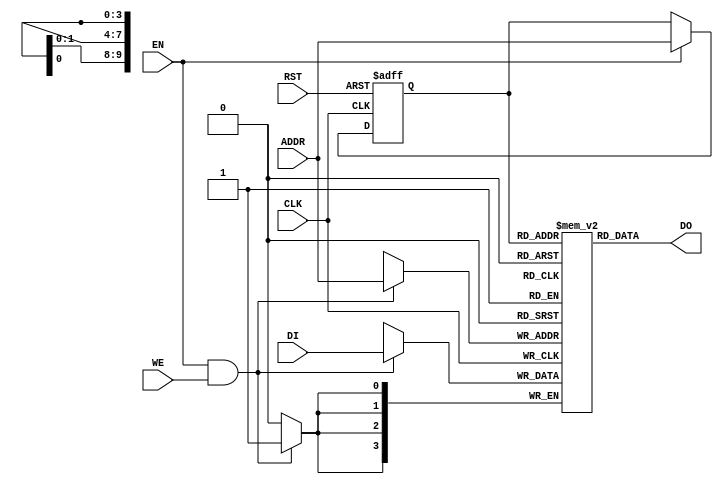
module RAMB4_S4 (
    CLK,
    RST,
    ADDR,
    DI,
    EN,
    WE,
    DO,
);
parameter dw = 4;
parameter aw = 10;
input CLK, RST, EN, WE;
input [dw-1:0] DI;
output [dw-1:0] DO;
input [aw-1:0] ADDR;
reg	[dw-1:0]	mem [(1<<aw)-1:0];	// RAM content
reg	[aw-1:0]	addr_reg;		// RAM address register
// Data output drivers
assign DO = mem[addr_reg][dw-1:0];
// RAM address register
always @(posedge CLK or posedge RST)
    if ( RST == 1'b1 )
        addr_reg <= #1 {aw{1'b0}};
    else if ( EN )
        addr_reg <= #1 ADDR;
// RAM write
always @(posedge CLK)
	if (EN && WE)
		mem[ADDR] <= #1 DI;
endmodule